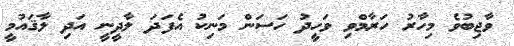
ވާޖިބުވެ މިހާރު ހަރާމްވި ވަހީދު ހަސަން މަނިކު އެފަދަ ލާދީނީ އަދި ލާޤައުމީ